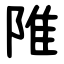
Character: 陮